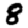
Digit: 8